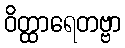
ဝိတ္ထာရေတဗ္ဗာ